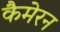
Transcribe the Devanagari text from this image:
कैमेरन